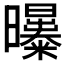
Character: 𣌑